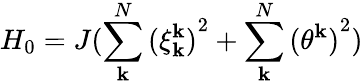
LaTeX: {{H}_{0}}=J(\sum_{\mathbf{k}}^{N}{{{(\xi_{\mathbf{k}}^{\mathbf{k}})}^{2}}}+\sum_{\mathbf{k}}^{N}{{{(\theta_{{}}^{\mathbf{k}})}^{2}})}